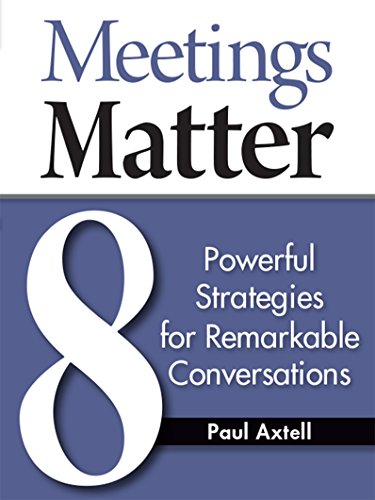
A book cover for Meetings Matter: 8 Powerful Strategies for Remarkable Conversations; Paul Axtell; Business & Money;